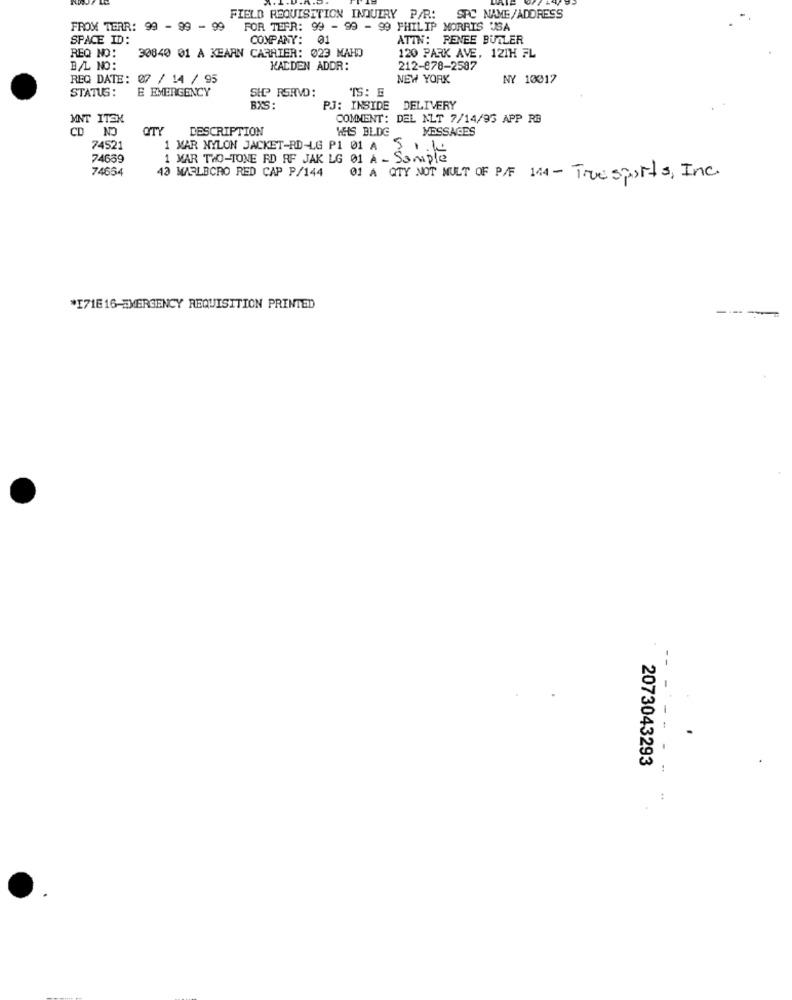
FIELD REQUISITION INQUIRY P/R .:
SPC NAME/ADDRESS
FROM TERR: 99 - 99 - 99
FOR TEFR: 99 - 99 - 99 PHILIP MORRIS USA
SPACE ID:
COMPANY: 01
ATIN: PENEE BUTLER
REQ NO:
30840 01 À KEARN CARRIER: 023 MAHO
120 PARK AVE, 121H FL
B/L NO:
KALDEN ADDR:
212-878-2587
REQ DATE: 07 / 14 / 95
NEW YORK
NY 10017
STATUS:
E EMERGENCY
SHOP RSRVD:
TS: E
BXS :
PJ: INSIDE DELIVERY
MNT ITSK
COMMENT: DEL NLT 7/14/95 APP RB
CD
QTY DESCRIPTION
WHIS BLDG
MESSAGES
74521
1 MAR NYLON JACKET-RD-LG P1 01 A ..
74689
1 MAR THO-TONE RD RF JAK LG 01 A - Sample
74654
43 WIELECRO RED CAP P/144
01 A QTY NOT NULT OF P/F 144 - Truesports, Inc.
*I71E16-EMERGENCY REQUISITION PRINTED
----
2073043293